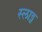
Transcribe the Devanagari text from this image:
स्लाड्ज